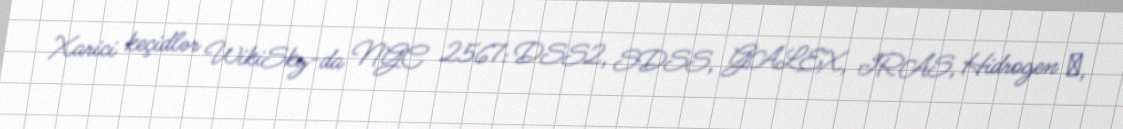
Xarici keçidlər WikiSky-da NGC 2567: DSS2, SDSS, GALEX, IRAS, Hidrogen α,